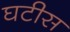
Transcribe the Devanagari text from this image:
घटीस